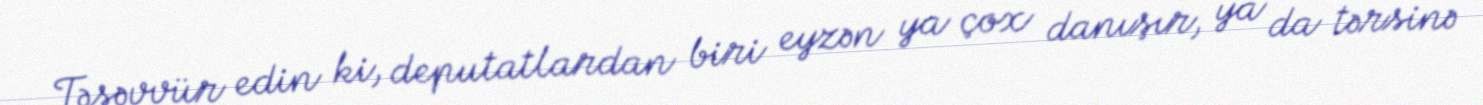
Təsəvvür edin ki, deputatlardan biri eyzən ya çox danışır, ya da tərsinə